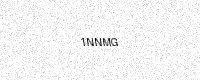
Text: 1NNMG